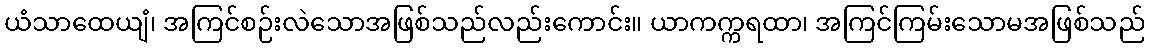
ယံသာထေယျံ၊ အကြင်စဉ်းလဲသောအဖြစ်သည်လည်းကောင်း။ ယာကက္ကရထာ၊ အကြင်ကြမ်းသောမအဖြစ်သည်